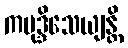
ကမုဒ္ဒိသေယျန္တိ